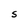
Character: S